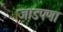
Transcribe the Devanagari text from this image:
जाडपणा